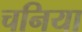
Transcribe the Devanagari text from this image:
चनिया